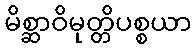
မိစ္ဆာဝိမုတ္တိပစ္စယာ